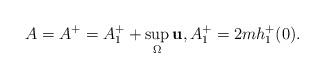
LaTeX: \begin{align*}A=A^+=A_1^++\sup_\Omega\bold u,A_1^+=2mh^+_1(0).\end{align*}